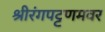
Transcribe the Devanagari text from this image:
श्रीरंगपट्टणमवर